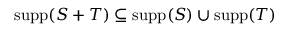
\operatorname { s u p p } ( S + T ) \subseteq \operatorname { s u p p } ( S ) \cup \operatorname { s u p p } ( T )